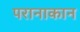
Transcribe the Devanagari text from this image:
परानाकान